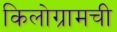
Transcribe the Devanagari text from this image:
किलोग्रामची